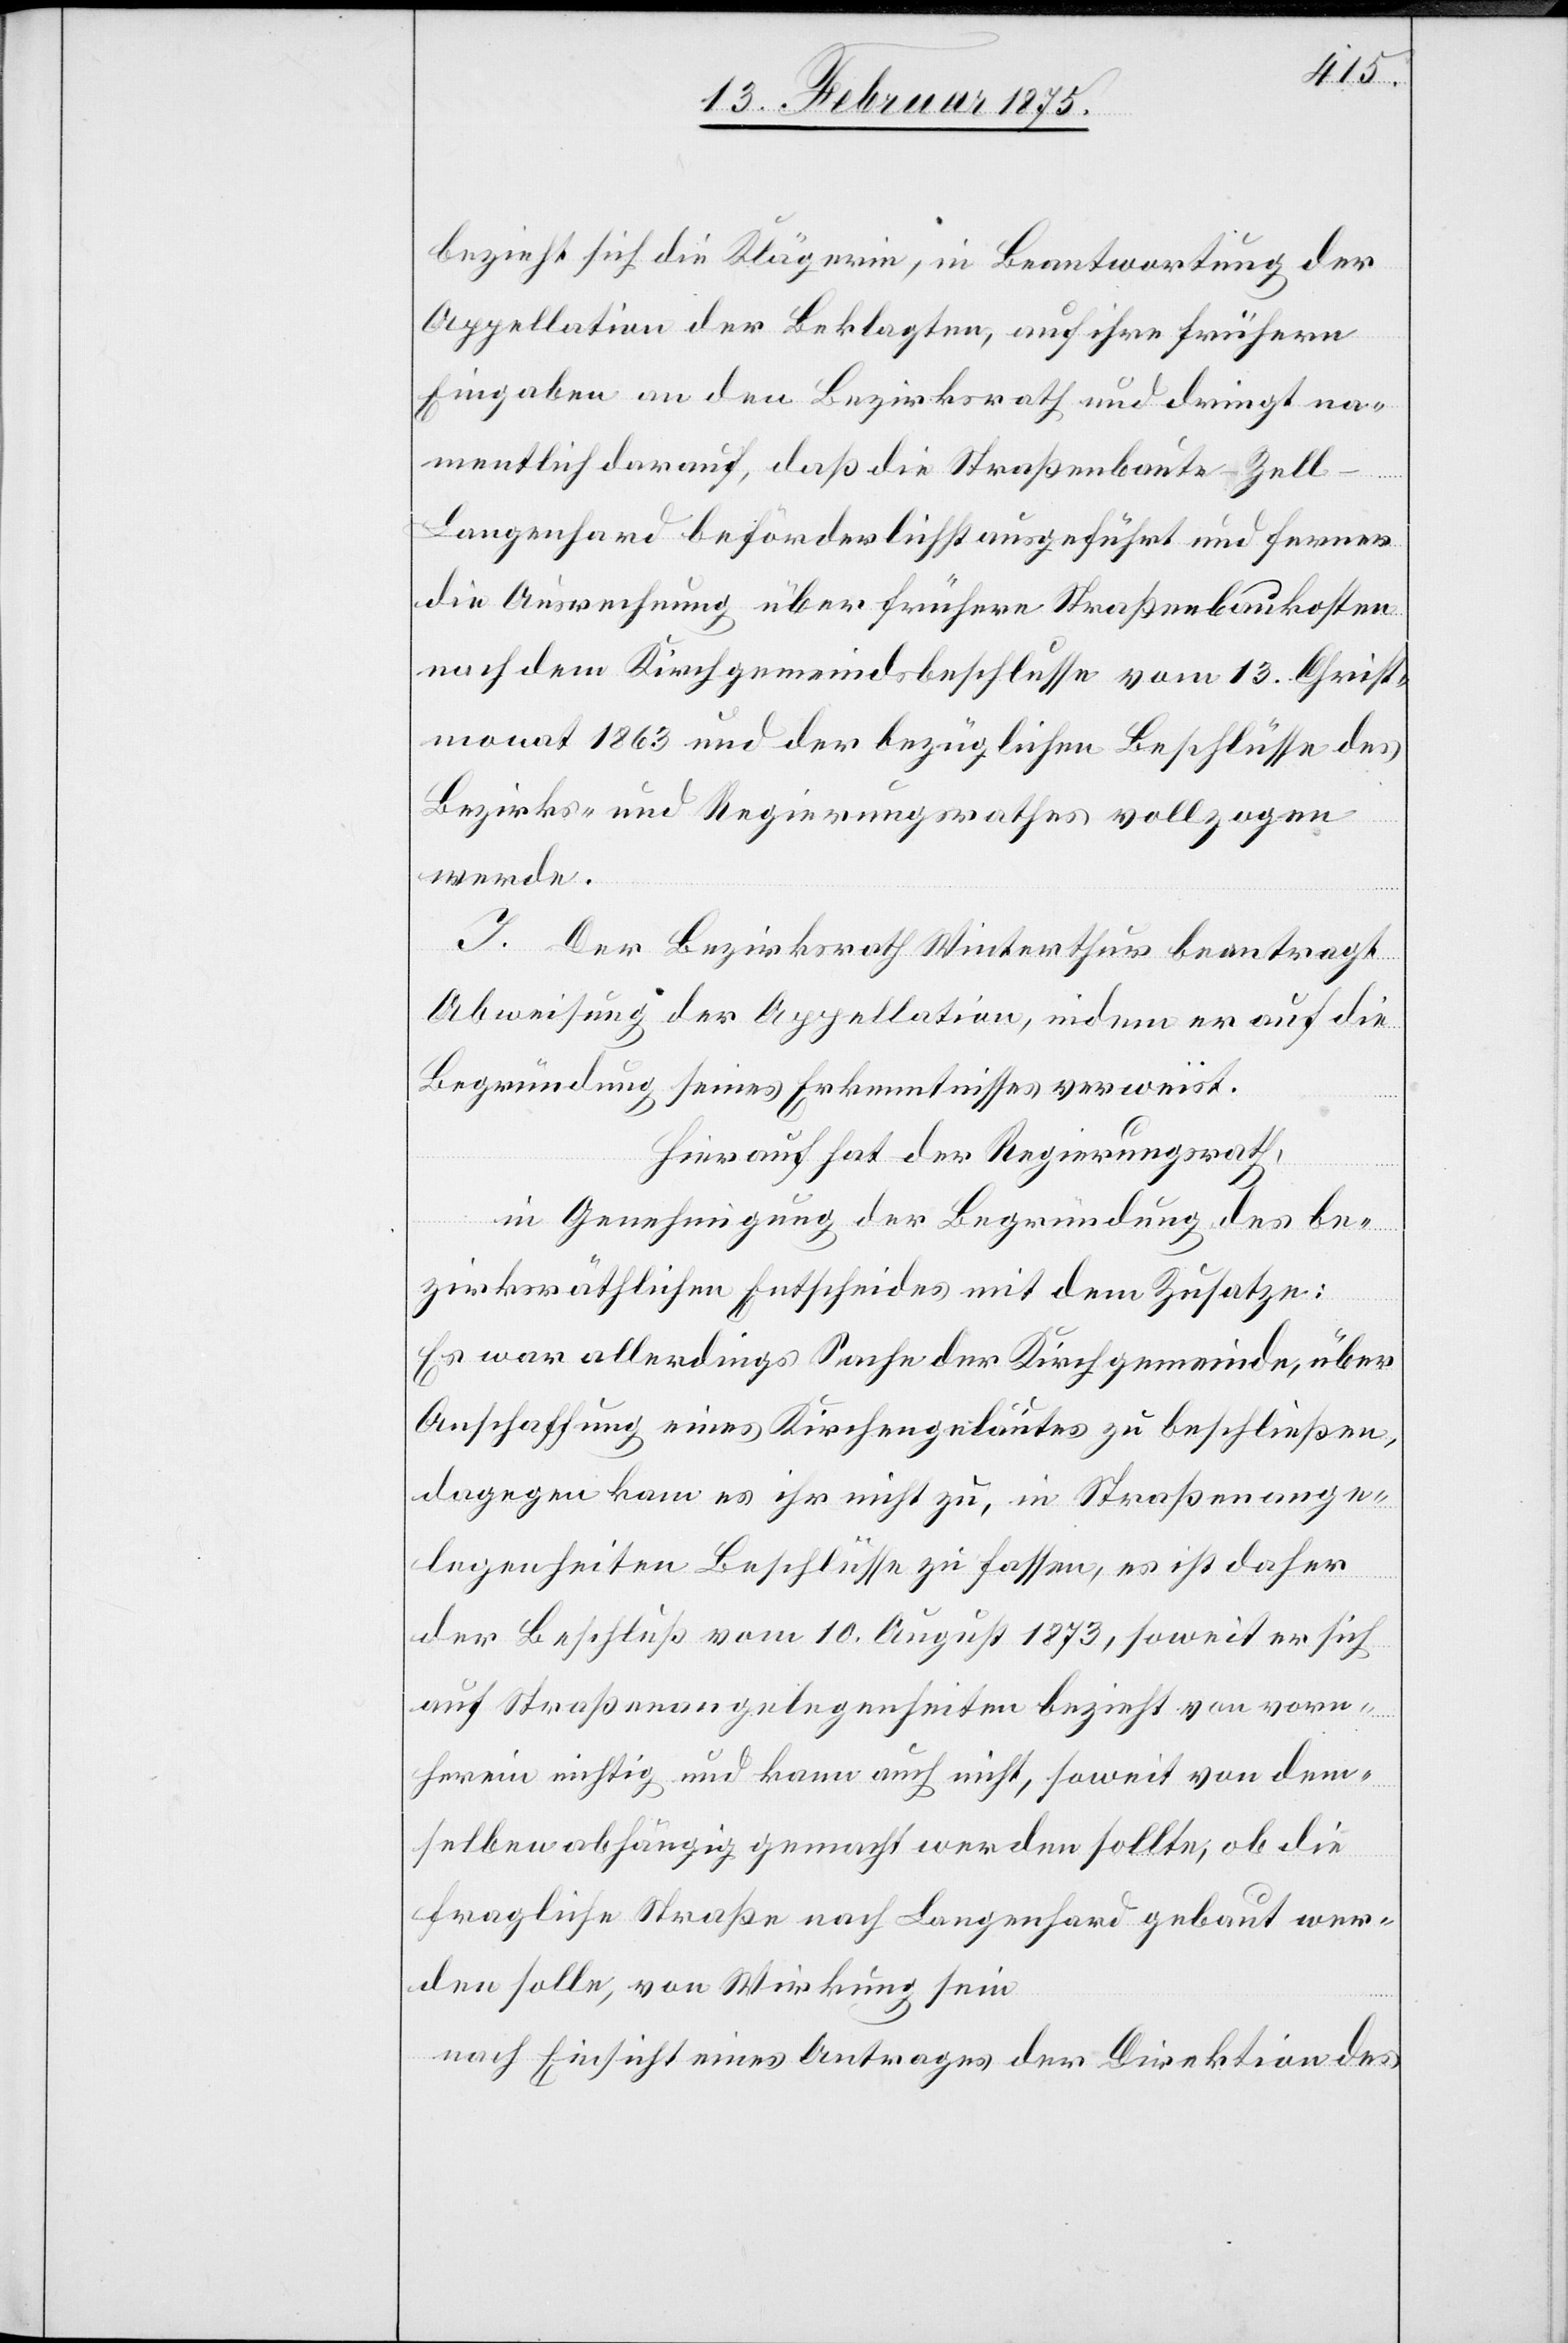
bezieht sich die Klägerin, in Beantwortung der
Appellation der Beklagten, auf ihre frühern
Eingaben an den Bezirksrath und dringt na¬
mentlich darauf, daß die Straßenbaute-Zell-L¬
angenhard beförderlichst ausgeführt und ferner
die Ausrechnung über frühere Straßenbaukosten
nach dem Kirchgemeindsbeschlusse vom 13. Christ¬
monat 1863 und der bezüglichen Beschlüsse des
Bezirks- und Regierungsrathes vollzogen
werde.
I. Der Bezirksrath Winterthur beantragt
Abweisung der Appellation, indem er auf die
Begründung seines Erkenntnisses verweist.
Hierauf hat der Regierungsrath,
in Genehmigung der Begründung des be¬
zirksräthlichen Entscheides mit dem Zusatze:
Es war allerdings Sache der Kirchgemeinde, über
Anschaffung eines Kirchengeläutes zu beschließen,
dagegen kam es ihr nicht zu, in Straßenange¬
legenheiten Beschlüsse zu fassen, es ist daher
der Beschluß vom 10. August 1873, soweit er sich
auf Straßenangelegenheiten bezieht von vorn¬
herein nichtig und kann auch nicht, soweit von dem¬
selben abhängig gemacht werden sollte, ob die
fragliche Straße nach Langenhard gebaut wer¬
den solle, von Wirkung sein.
nach Einsicht eines Antrages der Direktion des